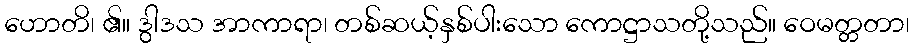
ဟောတိ၊ ၏။ ဒွါဒသ အာကာရာ၊ တစ်ဆယ့်နှစ်ပါးသော ကောဋ္ဌာသတို့သည်။ ဝေမတ္တတာ၊